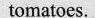
tomatoes.